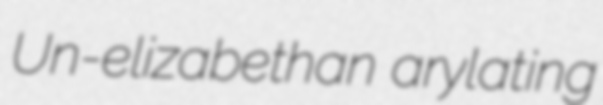
Un-elizabethan arylating